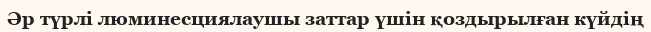
Әр түрлі люминесциялаушы заттар үшін қоздырылған күйдің